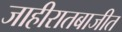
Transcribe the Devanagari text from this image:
जाहीरातबाजीत